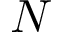
N